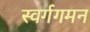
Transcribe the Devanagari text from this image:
स्वर्गगमन